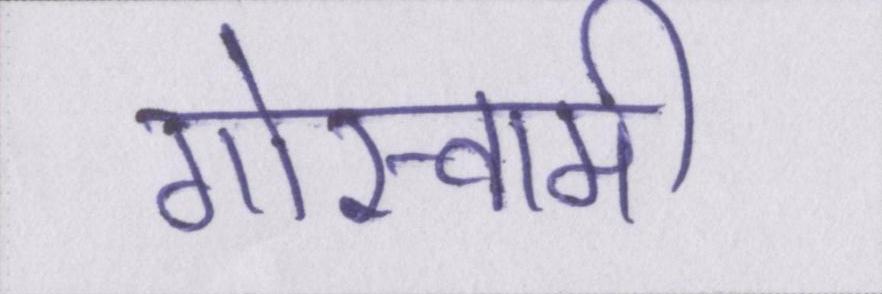
गोस्वामी